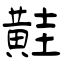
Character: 黊